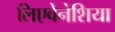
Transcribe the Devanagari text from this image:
लिएवेनेशिया